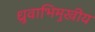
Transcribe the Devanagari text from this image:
ध्रुवाभिमुखीय